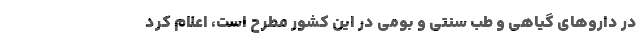
در داروهای گیاهی و طب سنتی و بومی در این کشور مطرح است، اعلام کرد